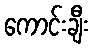
ကောင်းချီး